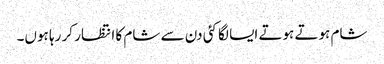
شام ہوتے ہوتے ایسا لگا کئی دن سے شام کا انتظار کر رہا ہوں۔